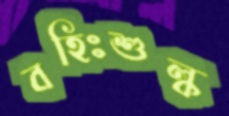
বহিঃশুল্ক